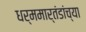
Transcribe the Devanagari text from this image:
धर्ममार्तंडांच्या